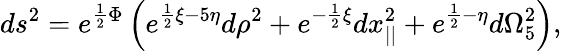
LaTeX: ds^{2}=e^{{\frac{1}{2}}\Phi}\left(e^{{\frac{1}{2}}\xi-5\eta}d\rho^{2}+e^{-{\frac{1}{2}}\xi}dx_{||}^{2}+e^{{\frac{1}{2}}-\eta}d\Omega_{5}^{2}\right),